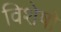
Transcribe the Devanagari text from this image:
विशेषो